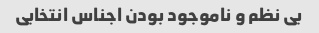
بی نظم و ناموجود بودن اجناس انتخابی